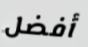
أفضل